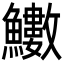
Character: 𩽋